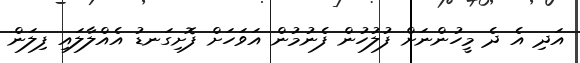
އަދި އެ ދެ މީހުންނަށް ފުލުހުން ފެނުމުން އަވަހަށް ފޮށިގަނޑު އެއްލާލައި ފިލަން